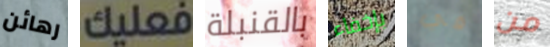
رهائن فعليك بالقنبلة بإخفاء في من